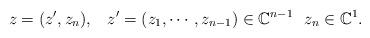
LaTeX: \begin{align*}z=(z^{\prime},z_n),\,\,\,\, \, z^{\prime}=(z_1,\cdots,z_{n-1})\in\mathbb{C}^{n-1}\,\, \,\, z_n\in\mathbb{C}^{1}.\end{align*}